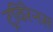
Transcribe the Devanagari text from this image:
ट्रविरेनस